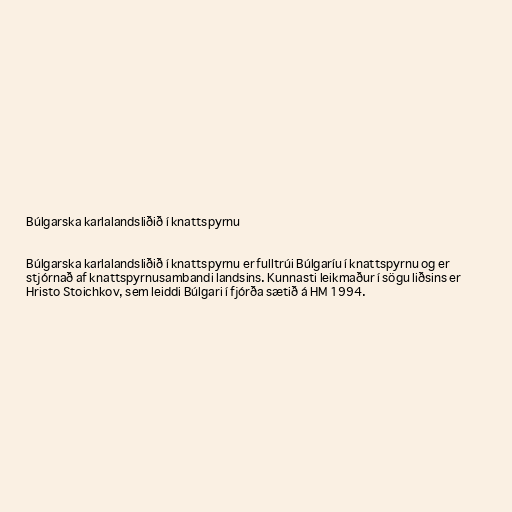
Búlgarska karlalandsliðið í knattspyrnu

Búlgarska karlalandsliðið í knattspyrnu er fulltrúi Búlgaríu í knattspyrnu og er
stjórnað af knattspyrnusambandi landsins. Kunnasti leikmaður í sögu liðsins er
Hristo Stoichkov, sem leiddi Búlgari í fjórða sætið á HM 1994.